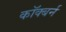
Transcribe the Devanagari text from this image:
कॉक्बर्न